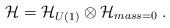
\begin{align*}{\cal H} = {\cal H}_{U(1)} \otimes {\cal H}_{mass=0} \; .\end{align*}